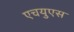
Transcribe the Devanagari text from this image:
एचयुएस